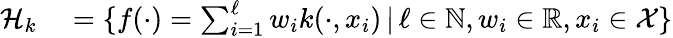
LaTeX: \begin{array}{rl}{\mathcal H_{k}}&{{}=\{ f(\cdot)=\sum_{i=1}^{\ell}w_{i}k(\cdot,x_{i})\, |\, \ell\in\mathbb N,w_{i}\in\mathbb R,x_{i}\in\mathcal X\} }\end{array}